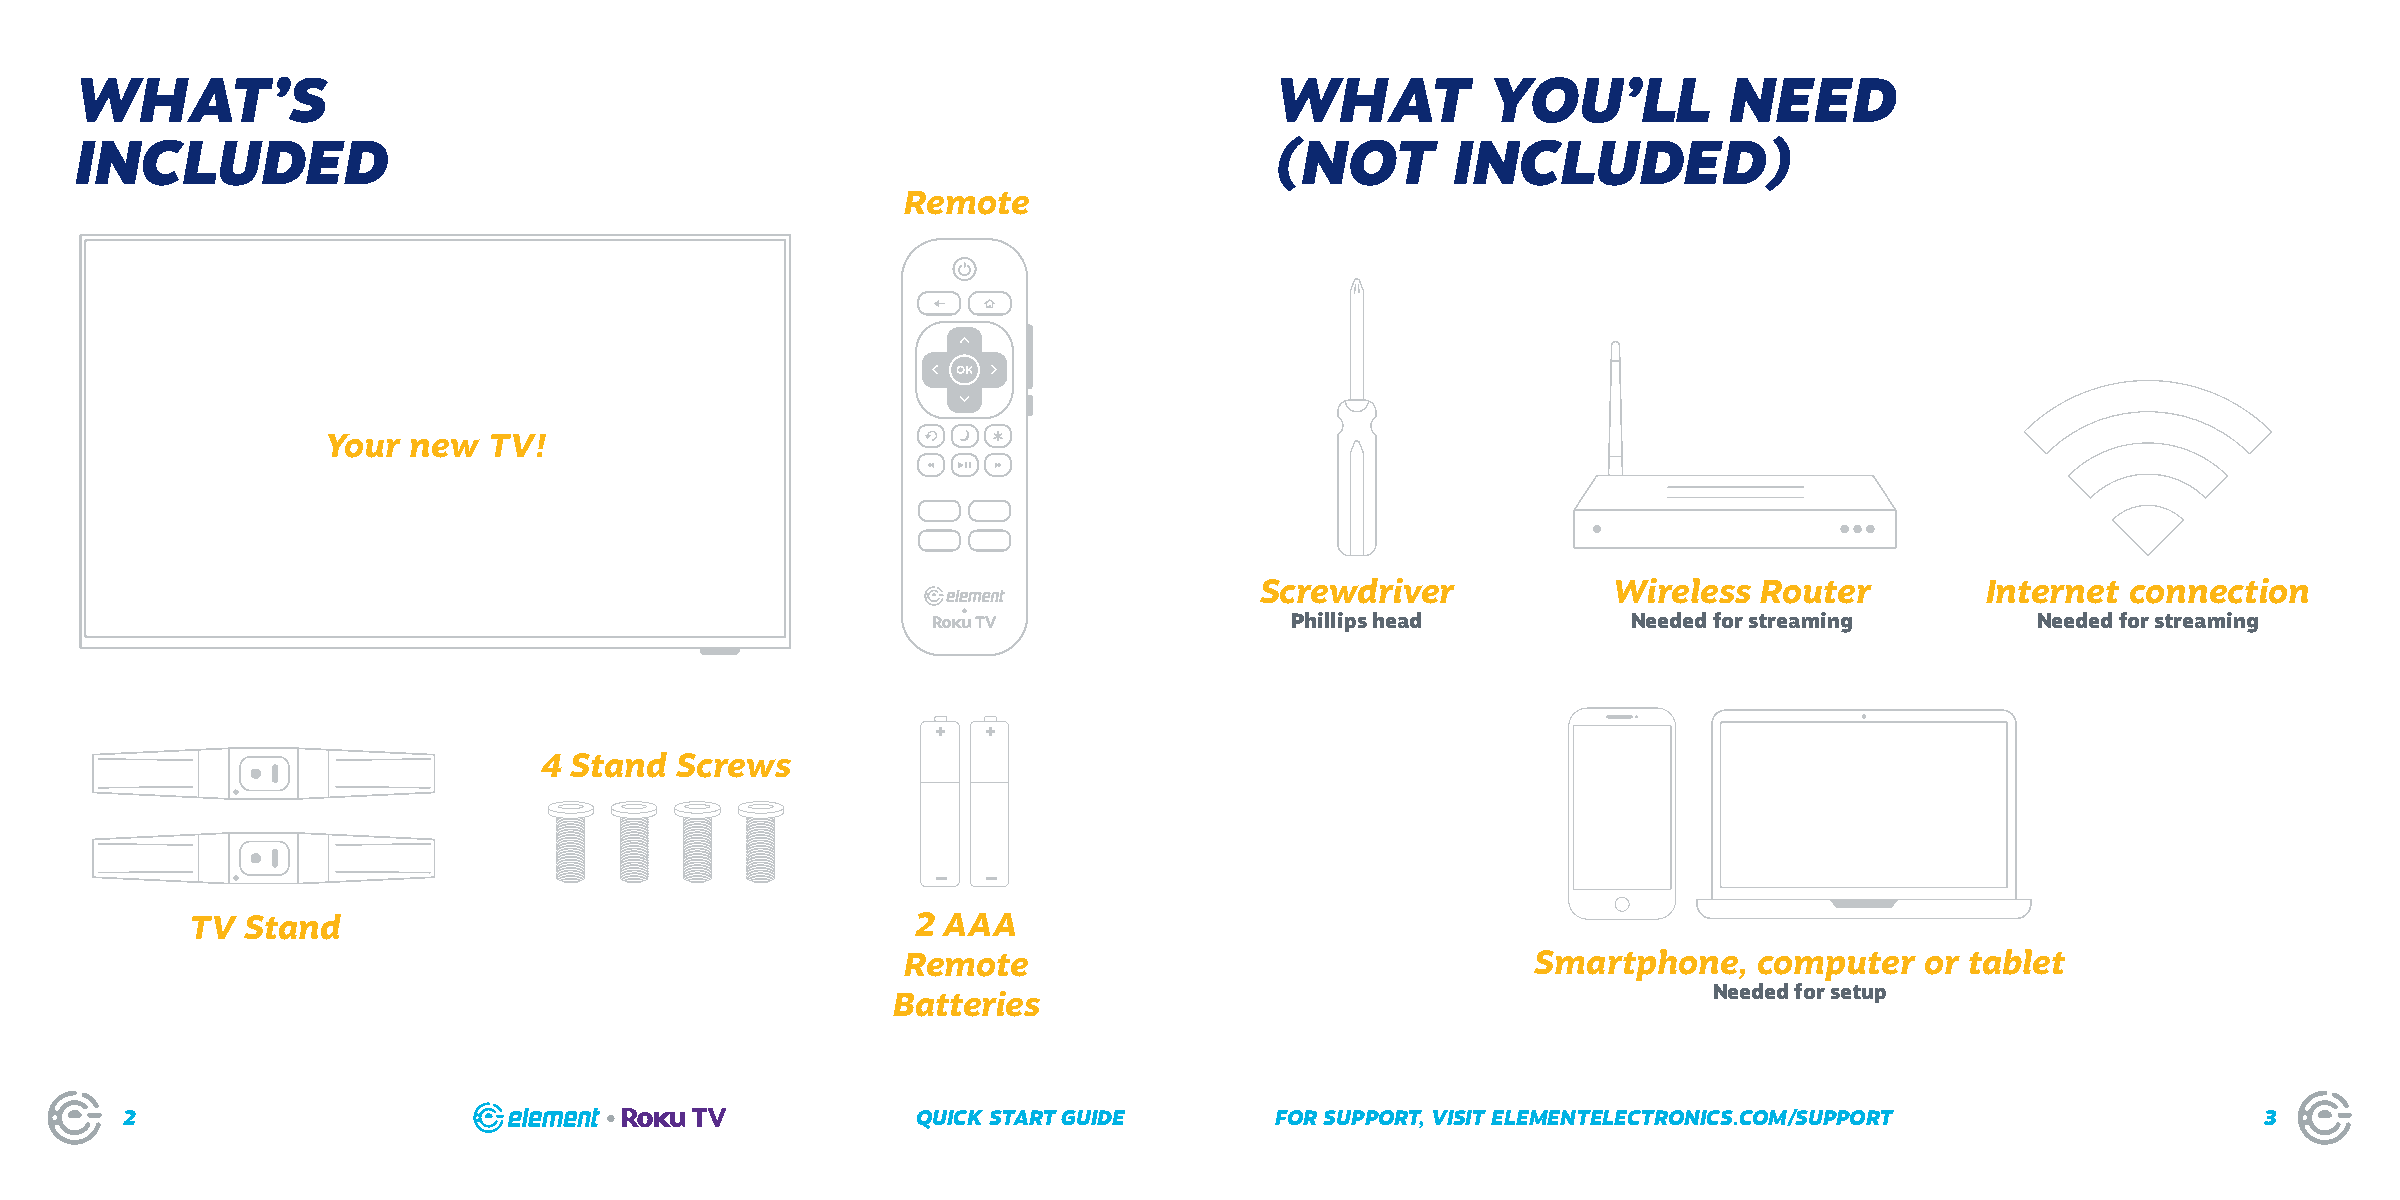
WHAT’S                                                                         WHAT           YOU’LL         NEED
 INCLUDED                                                                       (NOT        INCLUDED)
 Remote
 Your new  TV!
 Screwdriver             Wireless  Router        Internet  connection
 Phillips head          Needed for streaming       Needed for streaming
 +  +
 4 Stand  Screws
 _  _
 TV Stand                                        2 AAA
 Remote                                    Smartphone,   computer   or tablet
 Needed for setup
 Batteries
 2                                                    QUICK START GUIDE      FOR SUPPORT, VISIT ELEMENTELECTRONICS.COM/SUPPORT                 3